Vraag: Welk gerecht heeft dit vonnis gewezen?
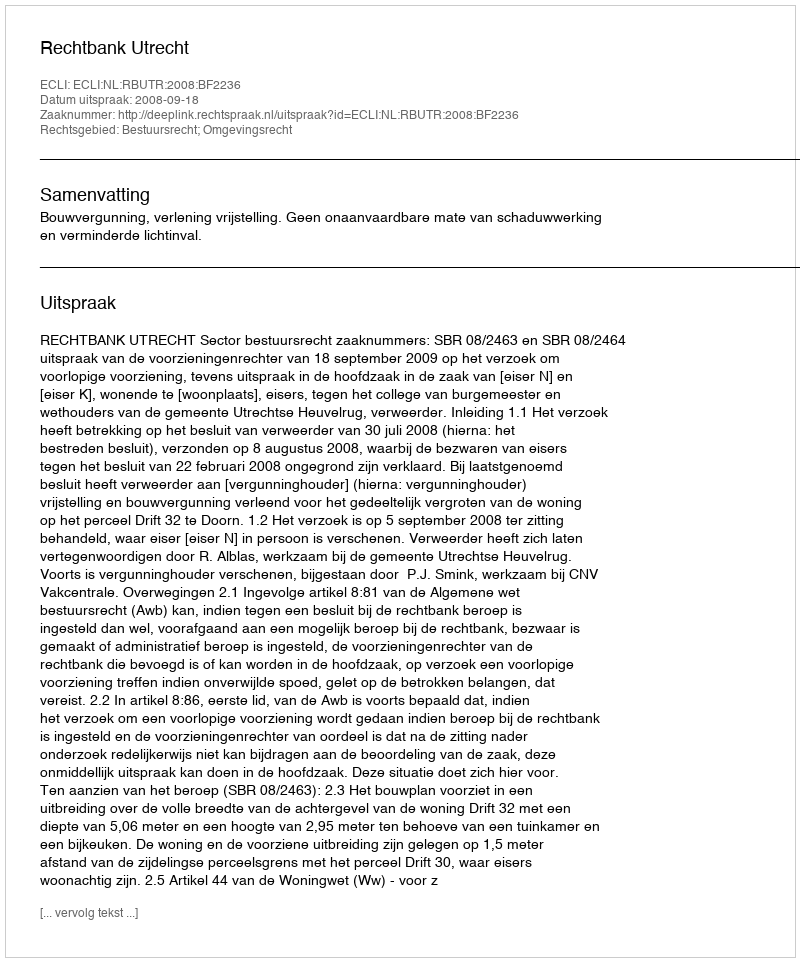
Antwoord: Rechtbank Utrecht